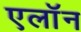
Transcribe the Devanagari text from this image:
एलाॅन